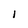
Character: I